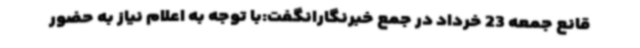
قانع جمعه 23 خرداد در جمع خبرنگارانگفت:با توجه به اعلام نیاز به حضور